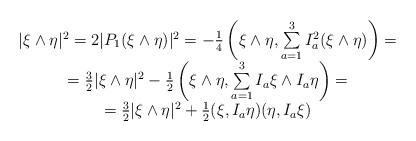
LaTeX: \begin{align*}\begin{array}{c}|\xi\wedge\eta|^2=2|P_1(\xi\wedge\eta)|^2=-{1\over 4}\left(\xi\wedge\eta, \sum\limits_{a=1}^3 I_a^2 (\xi\wedge\eta)\right)=\\={3\over 2}|\xi\wedge\eta|^2-{1\over 2}\left(\xi\wedge\eta,\sum\limits_{a=1}^3 I_a\xi\wedge I_a\eta\right)=\\={3\over 2} |\xi\wedge\eta|^2+{1\over 2}(\xi,I_a\eta)(\eta,I_a\xi)\end{array}\end{align*}